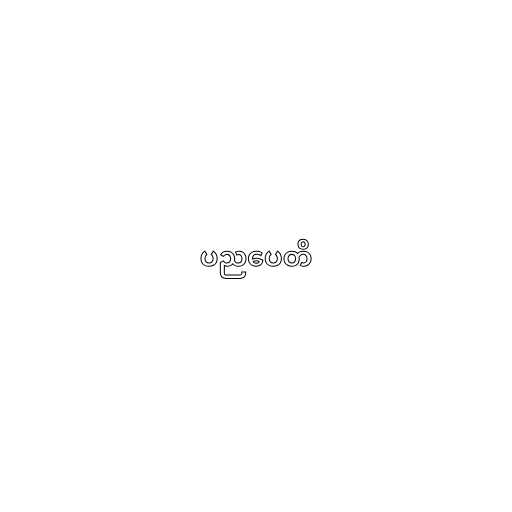
ပညပေတိ